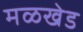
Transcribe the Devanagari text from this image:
मळखेड